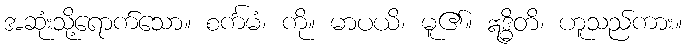
အဆုံးသို့ရောက်သော။ စင်္ကမံ၊ ကို။ မာပယိ၊ မူ၏။ ဣဒ္ဓိတိ၊ ဟူသည်ကား။